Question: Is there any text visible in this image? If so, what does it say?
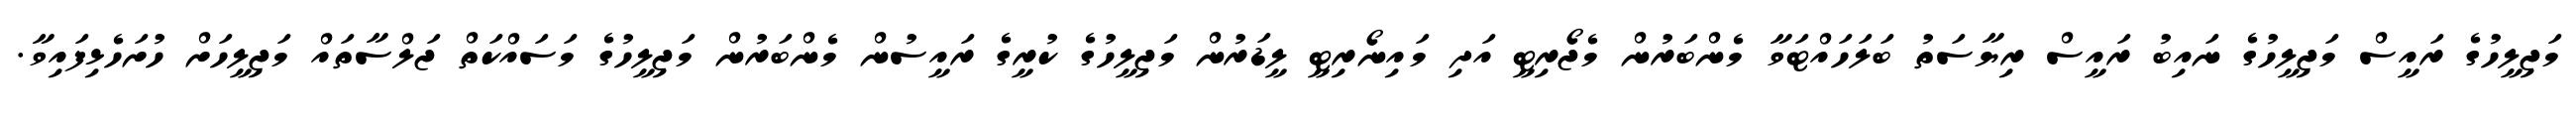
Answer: މަޖިލީހުގެ ރައީސް މަޖިލީހުގެ ނައިބު ރައީސް ރިޔާސަތު ބަލަހައްޓަވާ މެންބަރުން މެޖޯރިޓީ އަދި މައިނޯރިޓީ ލީޑަރުން މަޖިލީހުގެ ކުރީގެ ރައީސުން މެންބަރުން މަޖިލީހުގެ މަސައްކަތް ޖަލްސާތައް މަޖިލީހަށް ހުށަހެޅިފައިވާ.